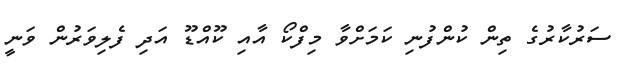
ސަރުކާރުގެ ތިން ކުންފުނި ކަމަށްވާ މިފްކޯ އާއި ކޫއްޑޫ އަދި ފެލިވަރުން ވަނީ